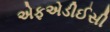
એફએડીઈસી